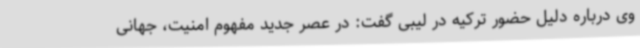
وی درباره دلیل حضور ترکیه در لیبی گفت: در عصر جدید مفهوم امنیت، جهانی